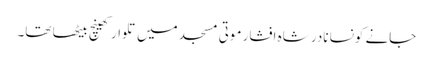
جانے کونسا نادر شاہ افشار موتی مسجد میں تلوار کھینچ بیٹھا تھا۔